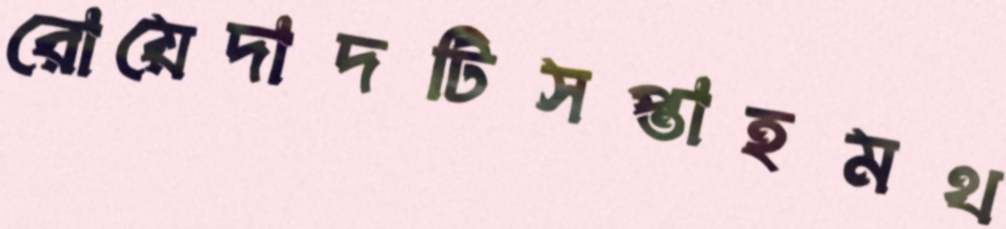
রোয়েদাদটিসপ্তাহমথ